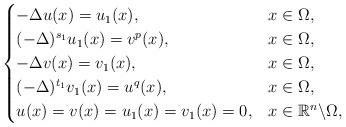
LaTeX: \begin{align*}\begin{cases}-\Delta u(x)=u_1(x),&x\in\Omega,\\(-\Delta)^{s_1} u_1(x)=v^p(x),&x\in\Omega, \\-\Delta v(x)=v_1(x),&x\in\Omega,\\(-\Delta)^{t_1} v_1(x)=u^q(x),&x\in\Omega, \\u(x)=v(x)=u_1(x)=v_1(x)=0, &x\in \mathbb{R}^n\backslash \Omega,\end{cases}\end{align*}